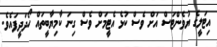
އިޓަލީގެ ޔުވެންޓަސް އަށް ވެސް ކުޅެ އެޓީމަށް ވެސް ގިނަ ކާމިޔާބީތައް ހޯދަދީފައެވެ.